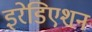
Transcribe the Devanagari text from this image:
इरेडिएशन